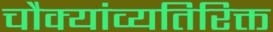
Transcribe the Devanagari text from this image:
चौक्यांव्यतिरिक्त